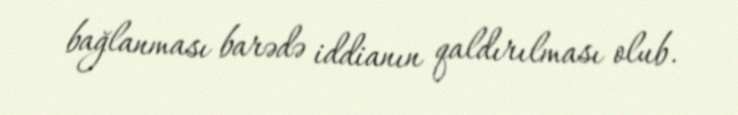
bağlanması barədə iddianın qaldırılması olub.